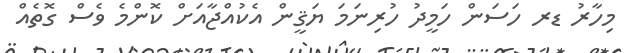
މިހާރު ޑރ ހަސަން ހަމީދު ހުރިނަމަ ޔަޤީން އެކުއްޖާއަށް ކޮންމެ ވެސް ގޮތެއް